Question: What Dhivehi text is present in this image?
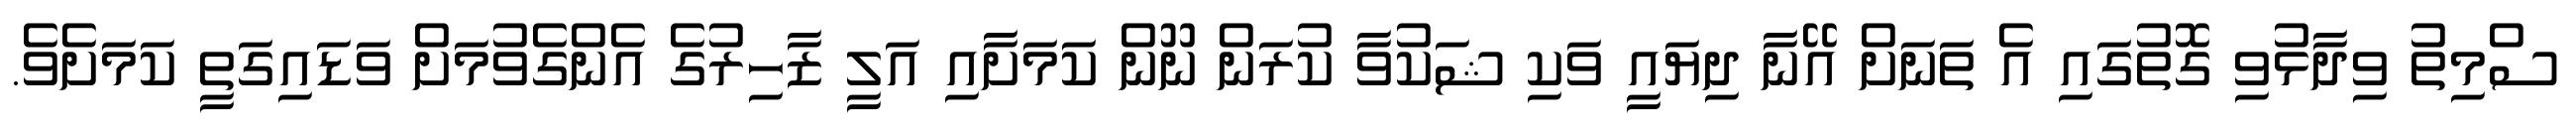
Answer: ސްމިތު ވިދާޅުވި ގޮތުގައި އެ ތަނަށް އޭނާ ދިޔައީ ވަކި ޝަކުވާ ކުރަން ނޫން ކަމަށާއި އަލީ ޒާހިރުގެ އެންގެވުމަށް ވަޑައިގަތީ ކަމަށެވެ.